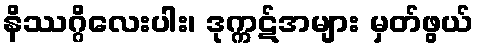
နိဿဂ္ဂိလေးပါး၊ ဒုက္ကဋ်အများ မှတ်ဖွယ်